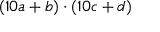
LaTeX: ( 1 0 a + b ) \cdot ( 1 0 c + d )